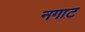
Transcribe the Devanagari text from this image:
नगाट